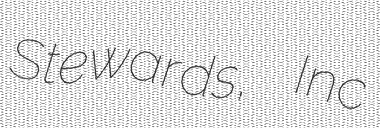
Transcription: Stewards, Inc